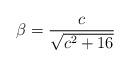
LaTeX: \begin{align*}\beta=\frac{c}{\sqrt{c^2+16}} \end{align*}